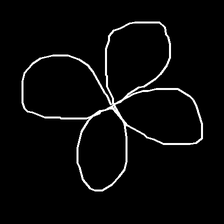
Glyph: billowing